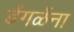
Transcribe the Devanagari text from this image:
डेंगळेंना